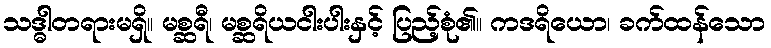
သဒ္ဓါတရားမရှိ။ မစ္ဆရီ၊ မစ္ဆရိယငါးပါးနှင့် ပြည့်စုံ၏။ ကဒရိယော၊ ခက်ထန်သော